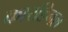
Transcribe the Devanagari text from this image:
कारडिनल